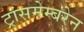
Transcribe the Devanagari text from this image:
ट्रांसमेम्बरेन